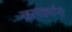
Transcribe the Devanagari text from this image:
खापर्ड्यांनी